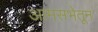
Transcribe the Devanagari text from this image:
आमसभेतून